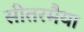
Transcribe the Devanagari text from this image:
सीतरमैया